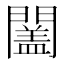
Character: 𨶩